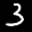
Label: 3